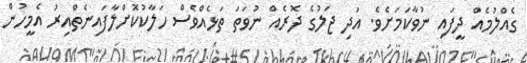
ގެއްލުމެއް ދީފައި ނުވާކަމަށެވެ. އަދި ޖަލުގެ ދޮރެއް ނުވަތަ ތަޅެއްވެސް ހަލާކުކޮށްލާފައިނެތްއިރު އެމީހުން